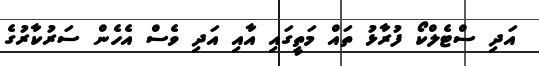
އަދި ސްޓެލްކޯ ފުރާޅު ތައް މަތީގައި އާއި އަދި ވެސް އެހެން ސަރުކާރުގެ